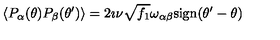
\left\langle P _ { \alpha } ( \theta ) P _ { \beta } ( \theta ^ { \prime } ) \right\rangle = 2 \imath \nu \sqrt { f _ { 1 } } \omega _ { \alpha \beta } \mathrm { s i g n } ( \theta ^ { \prime } - \theta )